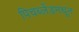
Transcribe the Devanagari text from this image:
पिचब्लेंडमधून